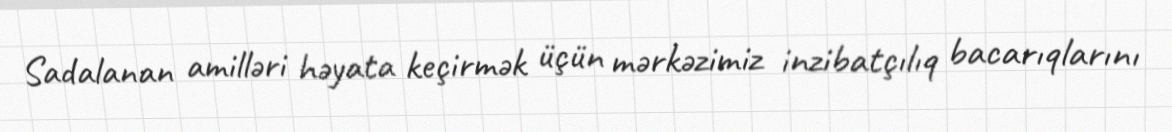
Sadalanan amilləri həyata keçirmək üçün mərkəzimiz inzibatçılıq bacarıqlarını